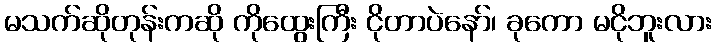
မသက်ဆိုတုန်းကဆို ကိုထွေးကြီး ငိုတာပဲနော်၊ ခုကော မငိုဘူးလား